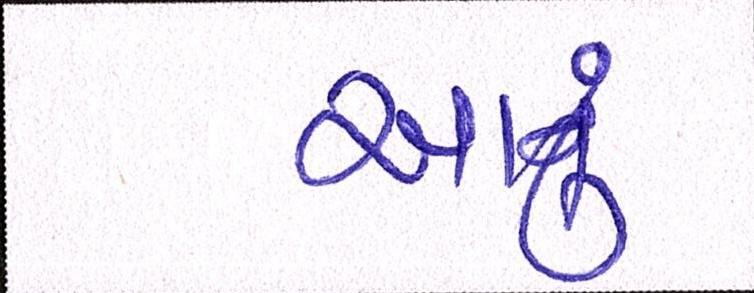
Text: આનું